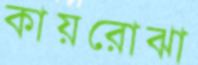
কায়রোঝা